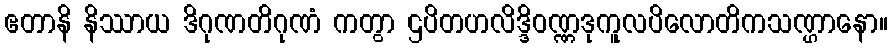
ဧတာနိ နိဿာယ ဒိဂုဏတိဂုဏံ ကတွာ ဌပိတဟလိဒ္ဒိဝဏ္ဏဒုကူလပိလောတိကသဏ္ဌာနော။